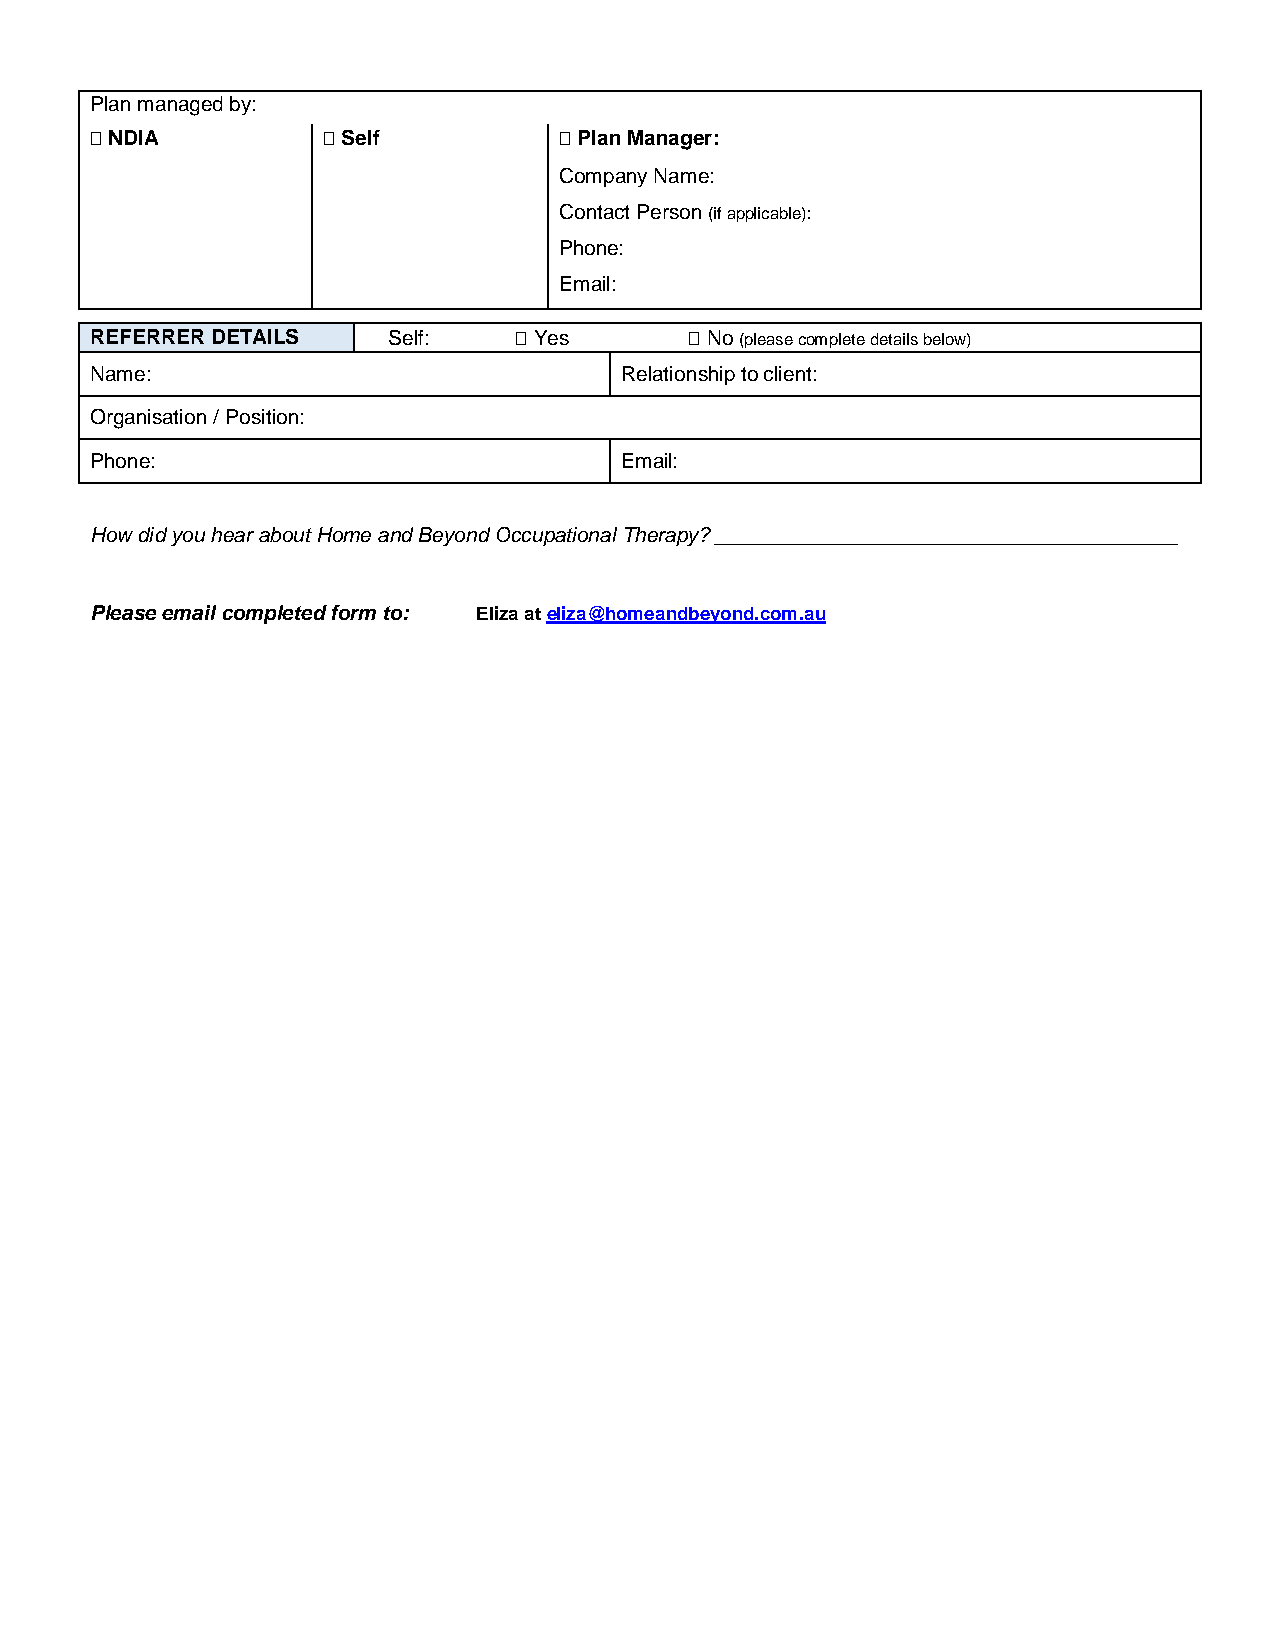
Plan managed by:
  NDIA          Self           Plan Manager:
 Company Name:
 Contact Person (if applicable):
 Phone:
 Email:
 REFERRER DETAILS    Self:    Yes        No (please complete details below)
 Name:                              Relationship to client:
 Organisation / Position:
 Phone:                             Email:
 How did you hear about Home and Beyond Occupational Therapy? ________________________________________
 Please email completed form to: Eliza at eliza@homeandbeyond.com.au